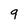
Character: 9